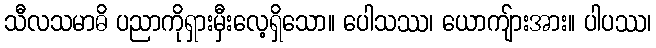
သီလသမာဓိ ပညာကိုရှားမှီးလေ့ရှိသော။ ပေါသဿ၊ ယောကျ်ားအား။ ပါပဿ၊